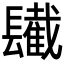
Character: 𨲹